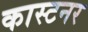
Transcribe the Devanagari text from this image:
कास्टनर